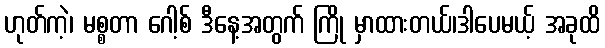
ဟုတ်ကဲ့၊ မစ္စတာ ဂေါ့စ် ဒီနေ့အတွက် ကြို မှာထားတယ်၊ဒါပေမယ့် အခုထိ